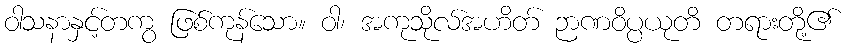
ဝါသနာနှင့်တကွ ဖြစ်ကုန်သော။ ဝါ၊ အကုသိုလ်အဟိတ် ဉာဏဝိပ္ပယုတိ တရားတို့၏